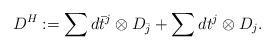
LaTeX: \begin{align*}D^H:=\sum d\bar t^j\otimes D_{\bar j} +\sum dt^j \otimes D_j.\end{align*}